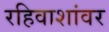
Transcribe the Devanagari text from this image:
रहिवाशांवर